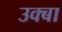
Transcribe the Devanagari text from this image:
उक्बा